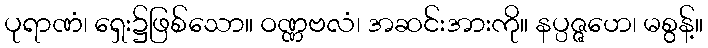
ပုရာဏံ၊ ရှေး၌ဖြစ်သော။ ဝဏ္ဏဗလံ၊ အဆင်းအားကို။ နပ္ပဇ္ဇဟေ၊ မစွန့်။